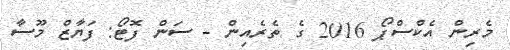
މެރިން އެކްސްޕޯ 2016 ގެ ތެރެއިން - ސަން ފޮޓޯ: ފަޔާޒް މޫސާ